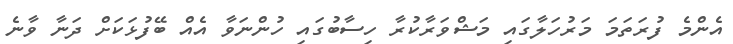
އެންމެ ފުރަތަމަ މަރުހަލާގައި މަޝްވަރާކުރާ ހިސާބުގައި ހުންނަވާ އެއް ބޭފުޅަކަށް ދަނާ ވާނެ